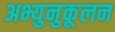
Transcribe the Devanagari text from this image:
अभ्युनुकूलन